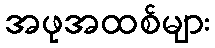
အဖုအထစ်များ